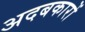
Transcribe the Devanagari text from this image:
अदबकारों